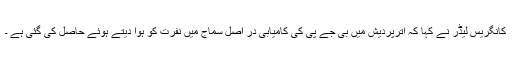
کانگریس لیڈر نے کہا کہ اترپردیش میں بی جے پی کی کامیابی در اصل سماج میں نفرت کو ہوا دیتے ہوئے حاصل کی گئی ہے ۔